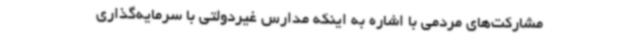
مشارکت‌های مردمی با اشاره به اینکه مدارس غیردولتی با سرمایه‌گذاری